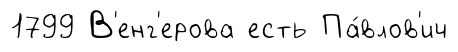
1799 В'енг'ерова есть Па́влов'ич